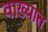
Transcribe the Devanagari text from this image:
वाख्यात